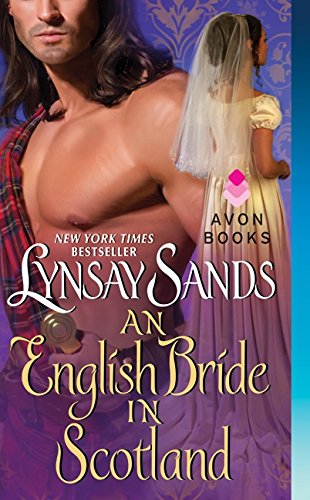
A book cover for An English Bride in Scotland (The Highland Brides); Lynsay Sands; Romance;